Annual report on the Civil Veterinary Department, Burma (including the Insein Veterinary School) - 1910-1922
Year: 1910
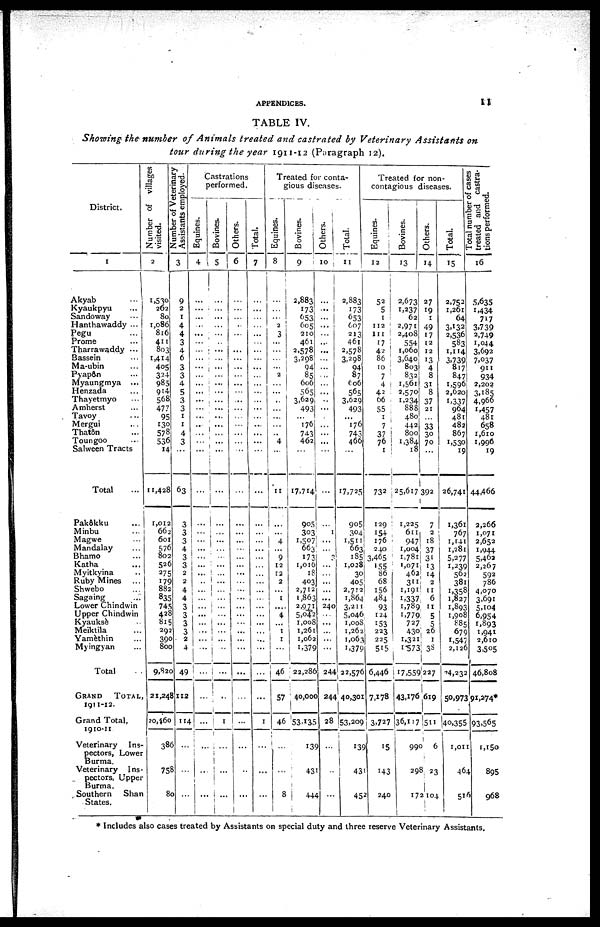
APPENDICES.
11
TABLE IV.
Showing the number of Animals treated and castrated by Veterinary
Assistants on
tour during the year 1911-12 (Paragraph 12).
District.
1
Akyab ...
Kyaukpyu ...
Sandoway ...
Hanthawaddy ...
Pegu
Prome ...
Tharrawaddy ...
Bassein ...
Ma-ubin ...
Pyapôrt ...
Myaungmya ...
Henzada ...
Thayetmyo ...
Amherst ...
Tavoy ...
Mergui ...
Thatôn ...
Toungoo ...
Salween Tracts
Total ...
Number of villages
visited.
2
1,530
262
80
1,086
816
411
803
1,414
405
324
985
914
568
477
95
130
578
536
14
11,428
Number of Veterinary
Assistants employed.
3
9
2
1
4
4
3
4
6
3
3
4
5
3
3
1
1
4
3
...
63
Castrations
performed.
Equines.
4
...
...
...
..
...
...
...
...
...
...
...
...
...
...
...
..
...
...
...
...
Bovines.
5
...
...
...
...
...
...
...
...
...
...
...
...
...
...
...
...
...
...
...
...
Others.
6
...
...
...
..
...
...
...
...
...
...
...
...
...
....
...
...
...
...
...
...
Total.
7
...
...
...
...
...
...
...
...
...
...
...
...
...
...
...
...
...
...
...
...
Treated for conta-
gious diseases.
Equines.
8
...
...
...
2
3
...
....
...
...
2
....
...
..
...
...
...
..
4
...
11
Bovines.
9
2,883
173
653
605
210
461
2,578
3,298
94
85
606
565
3,629
493
...
176
74.3
462
...
17,714
Others.
10
...
...
...
...
...
...
...
...
...
...
...
...
...
...
...
...
...
...
...
Total.
11
2,883
173
653
607
213
461
2,578
3,298
94
87
606
565
3,029
493
...
176
743
466
...
17,725
Treated for non-
contagious diseases.
Equines.
12
52
5
1
112
111
17
42
86
10
7
4
42
06
55
1
7
37
76
1
732
Bovines.
13
2,673
1,237
62
2,971
2,408
554
1,060
3,640
803
832
1,561
2,570
1,234
888
480
442
800
1,384
18
25,617
Others.
14
27
19
1
49
17
12
12
13
4
8
31
8
37
21
...
33
30
70
392
Total.
15
2,752
1,261
64
3,132
2,536
583
1,114
3,739
817
847
1,596
2,620
I,337
964
481
482
867
1,530
19
26,741
Total number of cases
treated and castra-
tions performed.
16
5,635
1,434
717
3,739
2,749
1,044
3,692
7,037
911
934
2,202
3,185
4,966
1,457
481
658
1,610
1,996
19
44.466
Pakôkku
...
Minbu
...
Magwe ...
Mandalay ...
Bhamo ...
Katha ...
Myitkyina ...
Ruby Mines ...
Shwebo ...
Sagaing ...
Lower Chindwin
Upper Chindwin
Kyauksè ...
Meiktila ...
Yamèhin ...
Myingyan ...
Total ...
GRAND TOTAL,
1911-12.
Grand Total,
1910-11
Veterinary
Ins-
pectors, Lower
Burma.
Veterinary Ins-
pectors, Upper
Burma.
Southern
Shan
States.
1,012
662
601
576
802
526
275
179
882
835
745
428
815
292
390
800
9,820
21,248
20,460
386
758
8c
3
3
3
4
3
3
2
2
4
4
3 1
3
3
3
2
4
49
112
114
...
...
... ...
... ...
... ...
... ...
... ...
... ...
... ...
... ...
... ...
... ...
... ...
... ...
... ...
... ...
...
...
... ...
... ...
... ...
... 1
... ...
... ...
... ...
...
...
...
...
...
...
...
...
...
...
...
...
...
...
...
...
...
...
...
...
...
...
...
...
...
...
...
...
...
...
...
...
...
...
...
...
...
...
1
...
...
...
...
...
4
...
9
12
12
2
...
I
...
4
1
1
...
46
57
46
...
...
8
905
303
1,307
663
173
1,010
18
403
2,712
1,863
2,971
5,042
1,008
1,261
1,062
1,379
22,286
40,000
53,135
139
431
444
...
1 ...
...
3
...
...
...
...
...
240
...
...
...
...
...
244
244
28
...
...
...
905
304
1,511
663
185
1,028
30
405
2,712
1,864
3,211
5,046
1,008
1,262
1,063
1,379
22,576
40,301
53,209
139
431
452
129
154
176
240
3,465
155
36
68
156
484
93
124
153
223
225
515
6,446
7,178
3,727
15
143
240
1,225 7
611
2
947 18
1,004 37
1,781 31
1,071 13
462 14
311
2
1,191 11
1,337 6
1,789 11
1,779 5
727 5
430 26
1,321
1
1573 38
17,559 227
43,176 619
36,117 511
990 6
298 23
172 104
1
1,361
767
1,141
1,281
5,277
1,239
562
381
1,358
1,827
1,893
1,908
885
679
1,547
2,126
24,232
50,973
40,355
1,011
464
516
2,266
1,071
2,652
1,944
5,462
2,267
592
786
4,070
3,691
5,104
6,954
1,893
1,941
2,610
3,505
46,808
91,274*
93.565
1,150
895
968
* Includes also cases treated by Assistants on special duty and three reserve Veterinary Assistants.